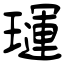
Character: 璭